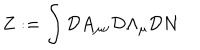
Z : = \int { \cal D } A _ { \mu \nu } { \cal D } \Lambda _ { \mu } { \cal D } N